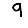
Digit: 9